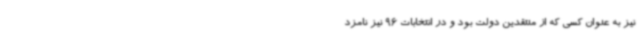
نیز به عنوان کسی که از منتقدین دولت بود و در انتخابات 96 نیز نامزد